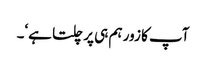
آپ کا زور ہم ہی پر چلتا ہے‘۔